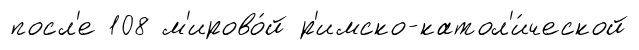
посл'е 108 м'ирово́й р'имско-катол'и́ческой